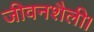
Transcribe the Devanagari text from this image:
जीवनशैली।